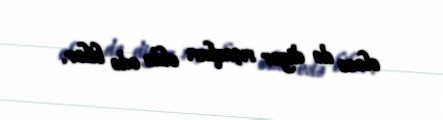
eləcə də digər rıçaqları əldə edə bilər.